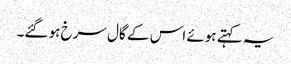
یہ کہتے ہوئے اس کے گال سرخ ہو گئے۔